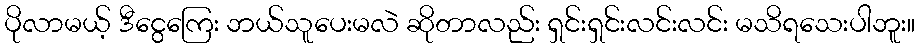
ပိုလာမယ့် ဒီငွေကြေး ဘယ်သူပေးမလဲ ဆိုတာလည်း ရှင်းရှင်းလင်းလင်း မသိရသေးပါဘူး။